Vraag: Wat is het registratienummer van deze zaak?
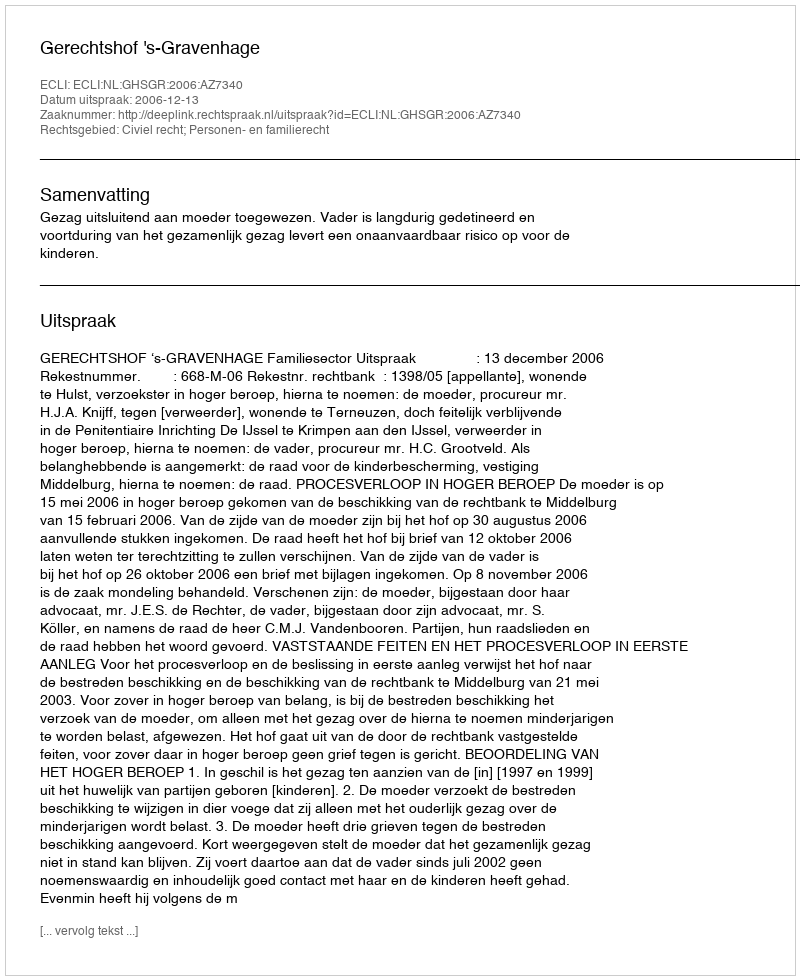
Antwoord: http://deeplink.rechtspraak.nl/uitspraak?id=ECLI:NL:GHSGR:2006:AZ7340